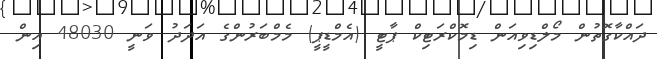
ދައްކާގޮތުން މޯލްޑިވިއަން ޑިމޮކްރަޓިކް ޕާޓީ (އެމްޑީޕީ) މެމްބަރުންގެ އަދަދު ވަނީ 48030 އިން